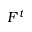
F ^ { t }